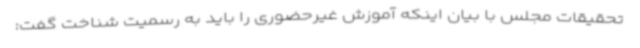
تحقیقات مجلس با بیان اینکه آموزش غیرحضوری را باید به رسمیت شناخت گفت: